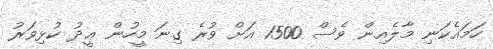
ހަމައެކަނި މާލެއިން ވެސް 1500 އަށް ވުރެ ގިނަ މީހުން ޢީދު ކުޅިވަރު